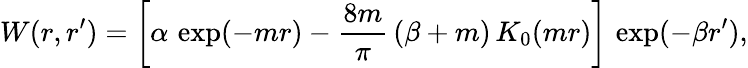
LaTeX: W(r,r^{\prime})=\left[\alpha\, \exp(-mr)-\frac{8m}{\pi}\, (\beta+m)\, K_{0}(mr)\right]\, \exp(-\beta r^{\prime}),